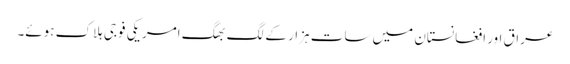
عراق اور افغانستان میں سات ہزار کے لگ بھگ امریکی فوجی ہلاک ہوئے۔